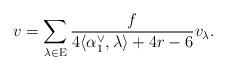
LaTeX: \begin{align*}v = \sum \limits_{\lambda \in \mathrm E} \frac{f}{4\langle \alpha_1^\vee, \lambda \rangle + 4r - 6}v_\lambda.\end{align*}